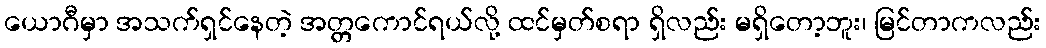
ယောဂီမှာ အသက်ရှင်နေတဲ့ အတ္တကောင်ရယ်လို့ ထင်မှတ်စရာ ရှိလည်း မရှိတော့ဘူး၊ မြင်တာကလည်း